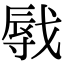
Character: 㦺